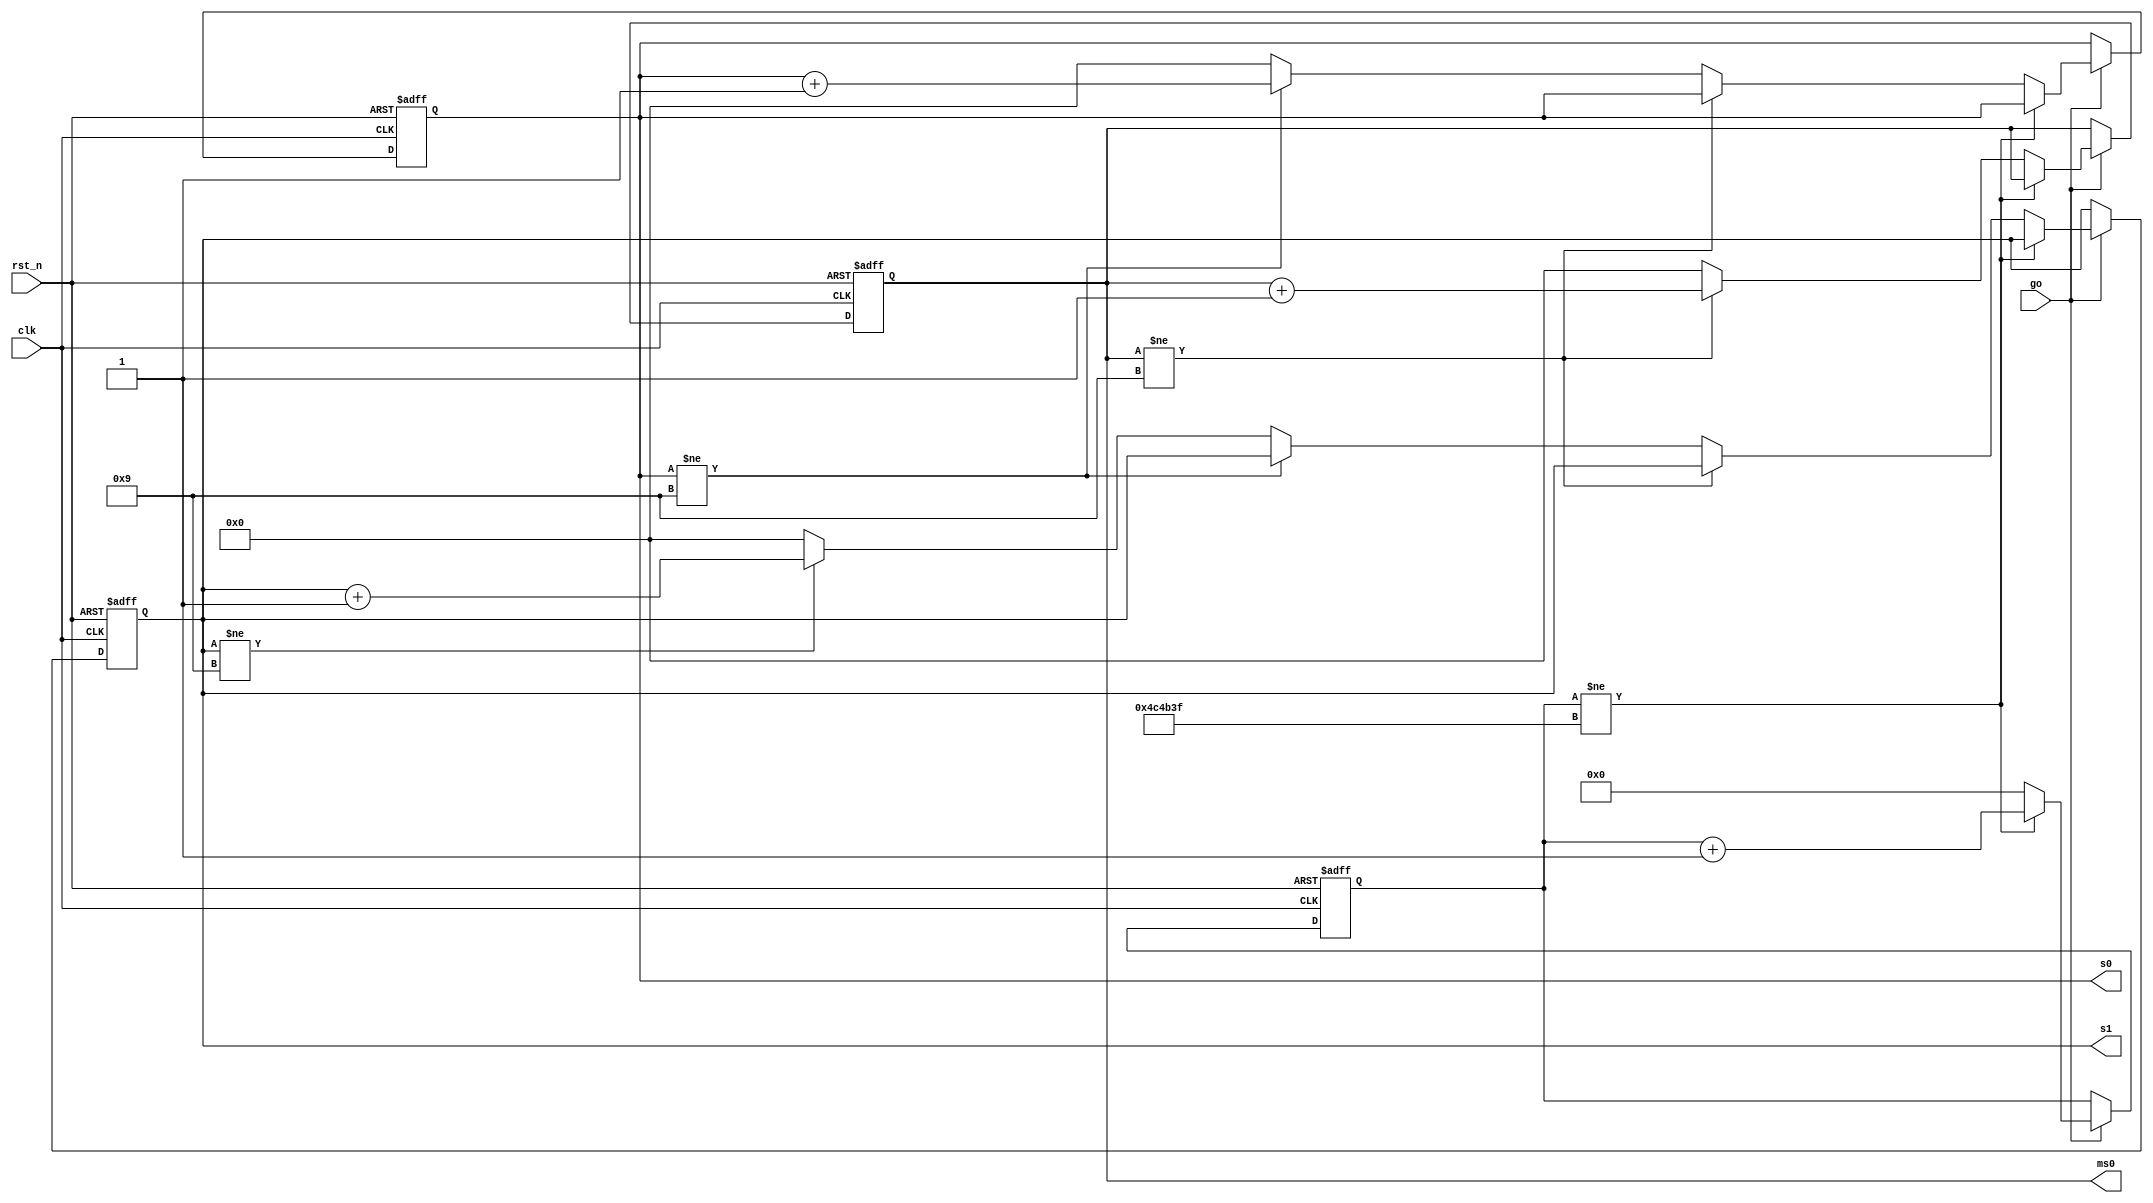
`timescale 1ns / 1ps

module alt_bcd_counter(
	input clk,rst_n,
	input go,
	output reg[3:0] s1,s0,ms0
    );
	 reg[22:0] counter_reg=0;
	 always @(posedge clk,negedge rst_n) begin
		if(!rst_n) begin
			s1<=0;
			s0<=0;
			ms0<=0;
			counter_reg<=0;
		end
		else if(go) begin //nested-if for describing the BCD-counter
			if(counter_reg!=4_999_999)	counter_reg<=counter_reg+1;
			else begin
				counter_reg<=0;
				if(ms0!=9) ms0<=ms0+1;
				else begin
					ms0<=0;
					if(s0!=9) s0<=s0+1;
					else begin
						s0<=0;
						if(s1!=9) s1<=s1+1;
						else s1<=0;
					end
				end
			end
		end
	 end


endmodule